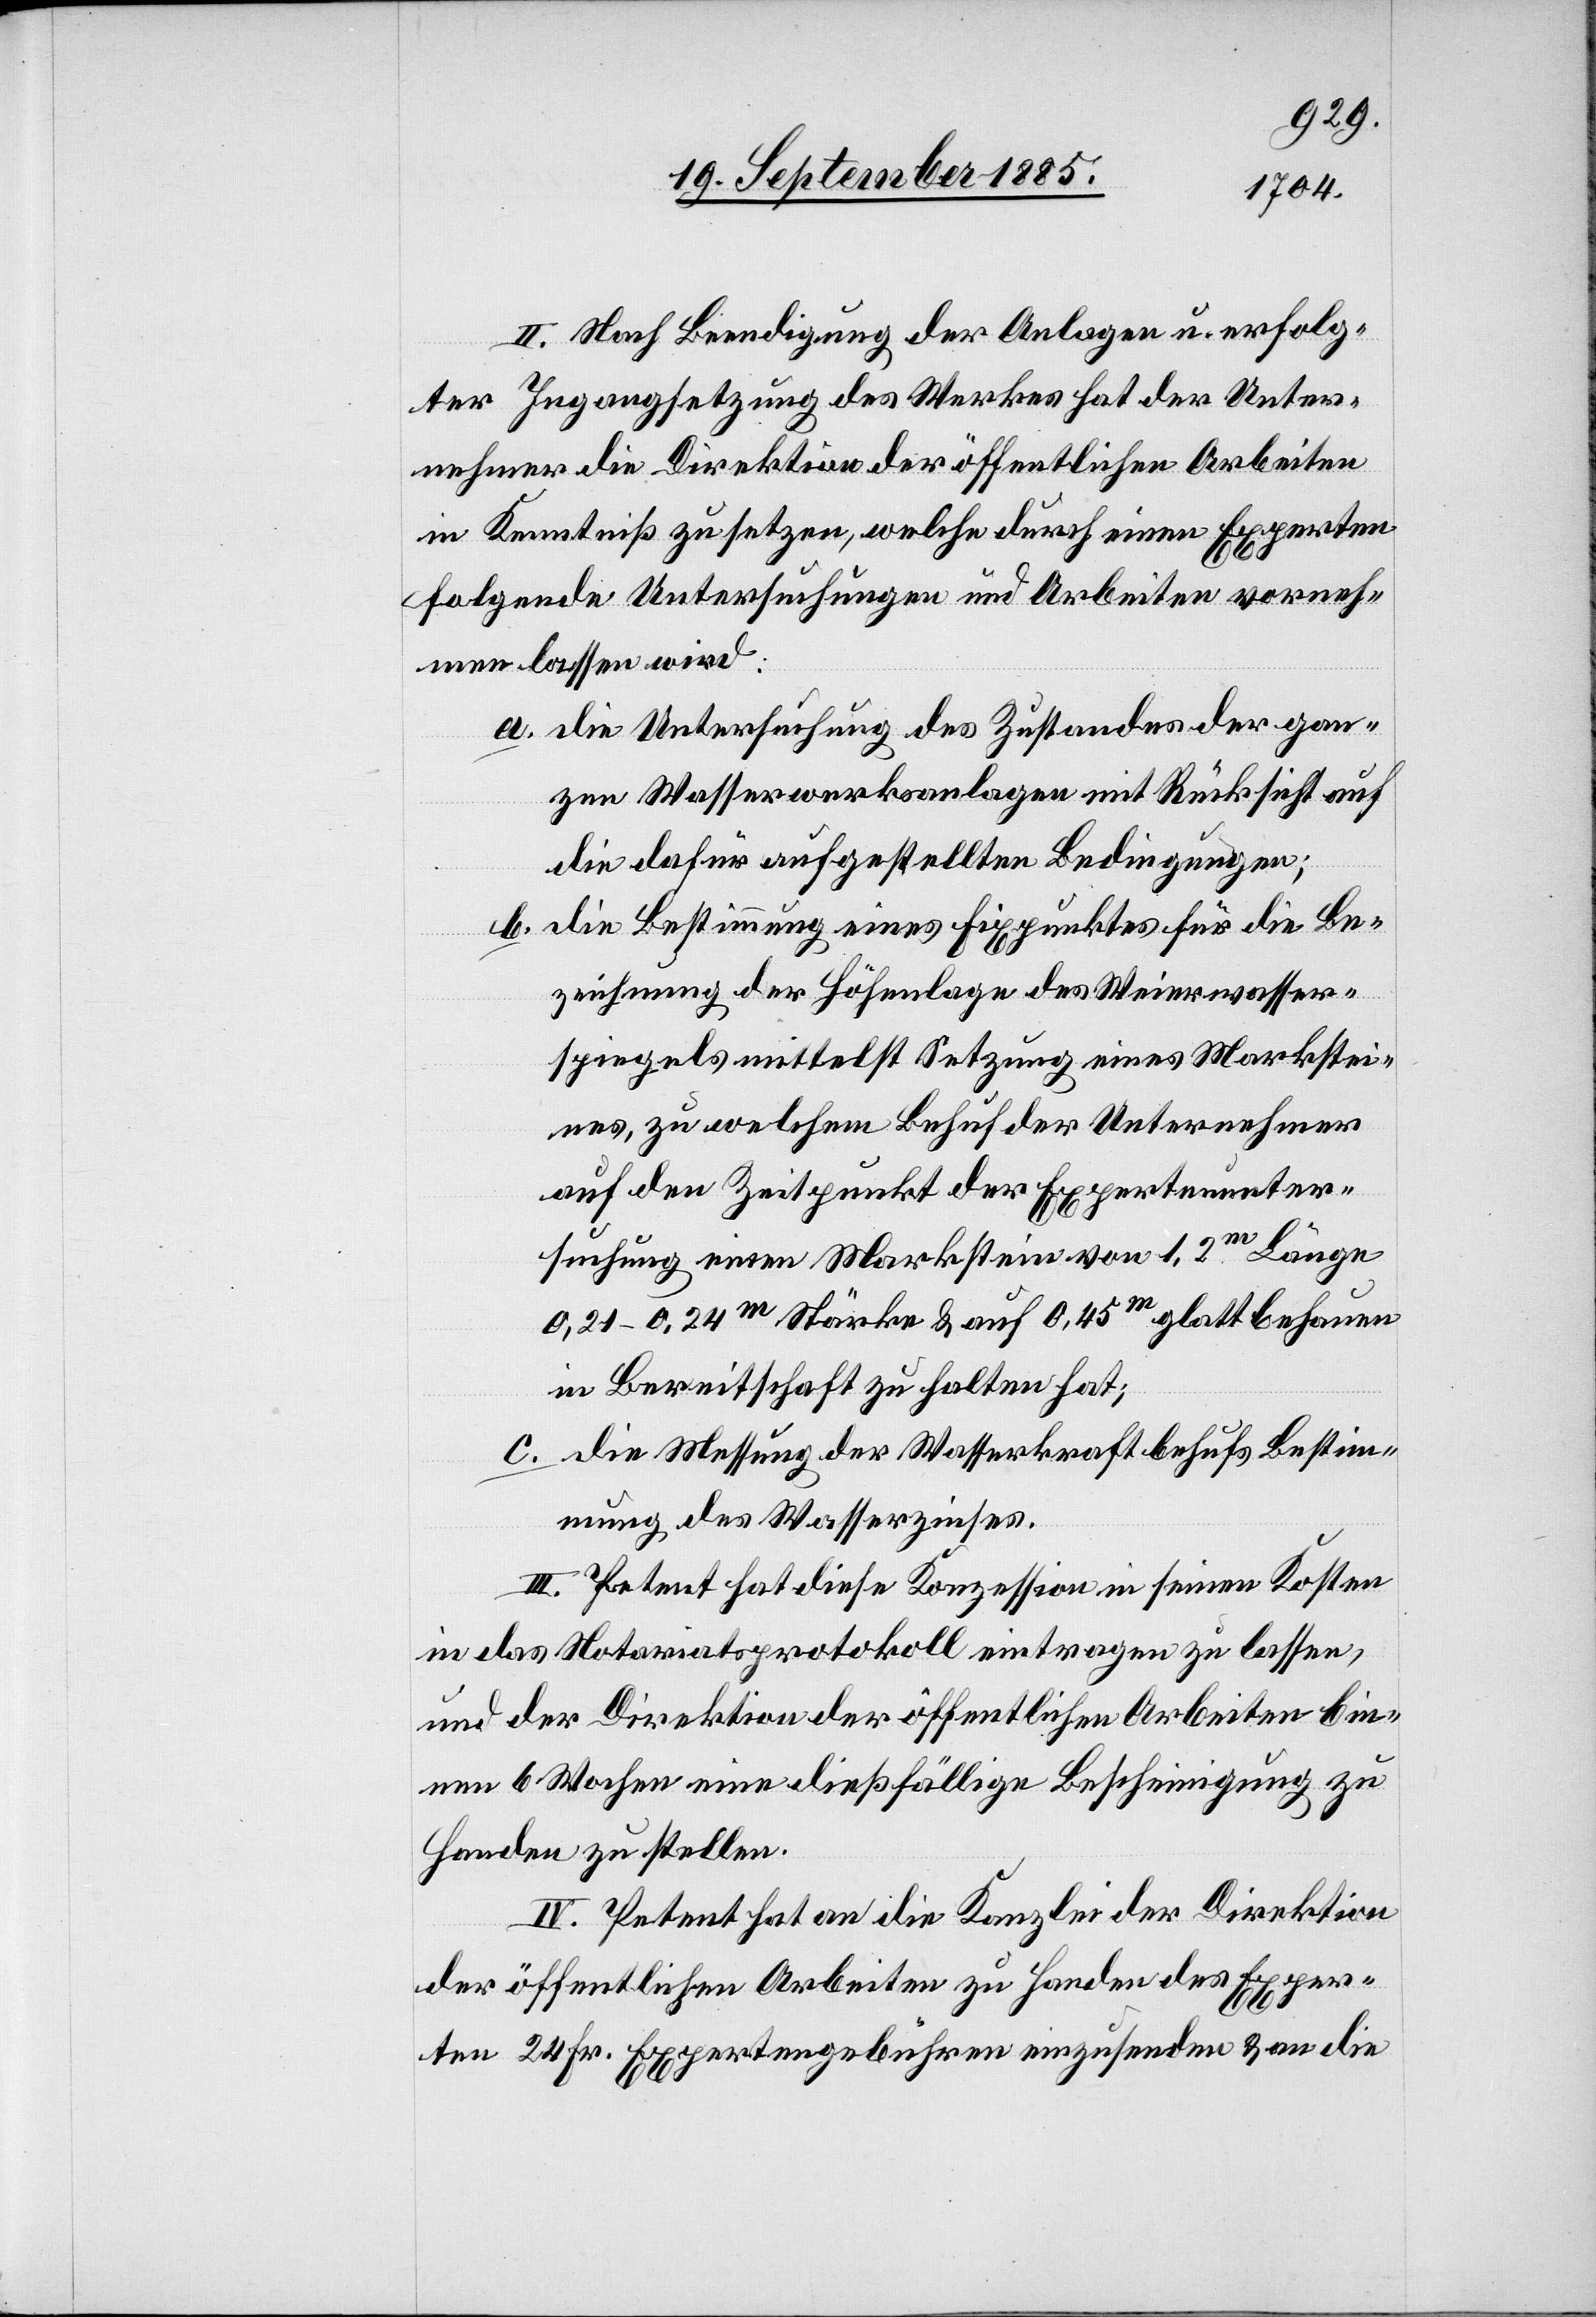
II. Nach Beendigung der Anlagen u. erfolg¬
ter Ingangsetzung des Werkes hat der Unter¬
nehmer die Direktion der öffentlichen Arbeiten
in Kenntniß zu setzen, welche durch einen Experten
folgende Untersuchungen und Arbeiten vorrech¬
nen lassen wird:
a. die Untersuchung des Zustandes der gan¬
zen Wasserwerksanlagen mit Rücksicht auf
die dafür aufgestellten Bedingungen;
b. die Bestimmung eines Fixpunktes für die Be¬
zeichnung der Höhenlage des Weierwasser¬
spiegels mittelst Setzung eines Markstei¬
nes, zu welchem Behuf der Unternehmer
auf den Zeitpunkt der Expertenunter¬
suchung einen Markstein von 1,2m Länge
0,21–0,24m Stärke & auf 0,45m glattbehauen
in Bereitschaft zu halten hat;
c. die Messung der Wasserkraft behufs Bestim¬
mung des Wasserzinses.
III. Petent hat diese Konzession in seinen Kosten
in das Notariatsprotokoll eintragen zu lassen,
und der Direktion der öffentlichen Arbeiten bin¬
nen 6 Wochen eine dießfällige Bescheinigung zu
Handen zu stellen.
IV. Petent hat an die Kanzlei der Direktion
der öffentlichen Arbeiten zu Handen des Exper¬
ten 24 Fr. Expertengebühren einzusenden & an die